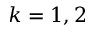
k = 1 , 2